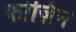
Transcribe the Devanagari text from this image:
कोज़िन